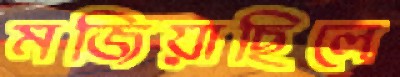
মজিয়াছিলে